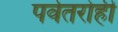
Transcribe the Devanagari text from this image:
पर्वतरोही